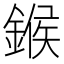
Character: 鍭